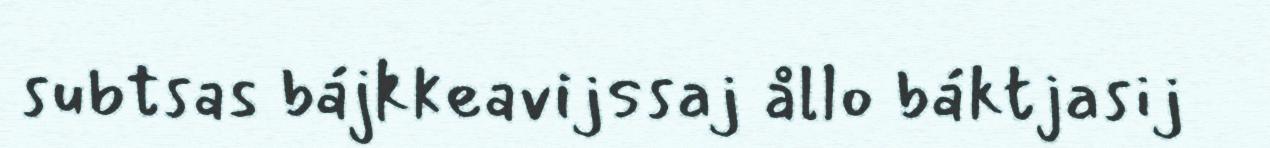
subtsas bájkkeavijssaj ållo báktjasij